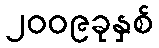
၂၀၀၉ခုနှစ်